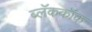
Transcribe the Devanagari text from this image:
ब्लॅककॉक